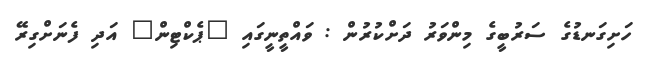
ހަށިގަނޑުގެ ސަރުބީގެ މިންވަރު ދަށްކުރުން : ވައްތީނީގައި "ޕެކްޓިން" އަދި ފެނަށްގިރޭ